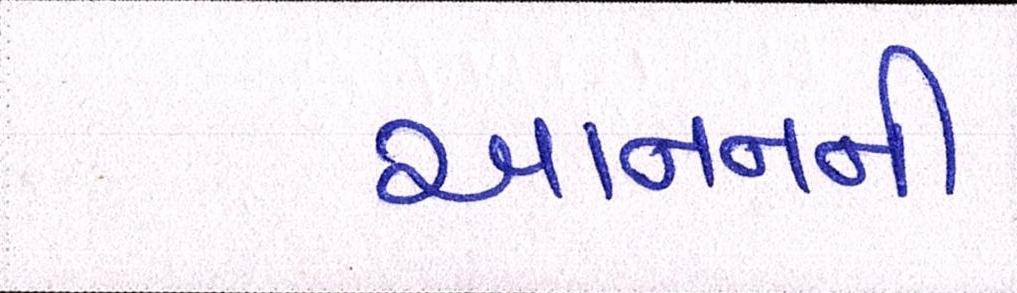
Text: આનનની